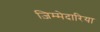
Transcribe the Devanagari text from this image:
ज़िम्मेदारिया